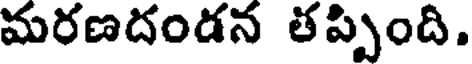
మరణదండన తప్పింది.